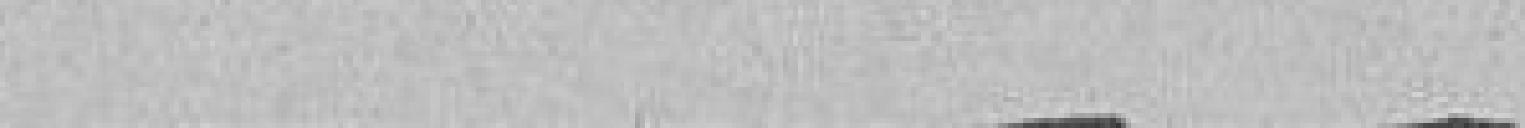
----